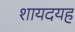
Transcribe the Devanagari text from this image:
शायदयह